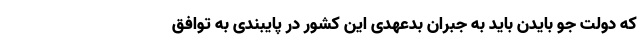
که دولت جو بایدن باید به جبران بدعهدی این کشور در پایبندی به توافق